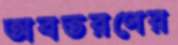
অবতরণের